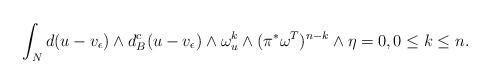
LaTeX: \begin{align*}\int_N d(u-v_\epsilon)\wedge d^c_B(u-v_\epsilon)\wedge \omega_u^k\wedge (\pi^*\omega^T)^{n-k}\wedge \eta=0, 0\leq k\leq n.\end{align*}